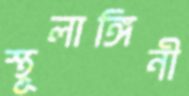
স্থূলাঙ্গিনী